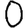
Digit: 0